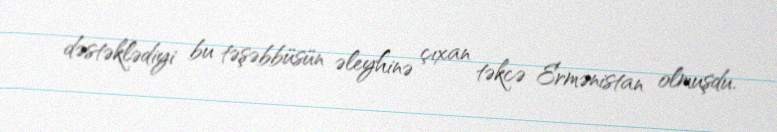
dəstəklədiyi bu təşəbbüsün əleyhinə çıxan təkcə Ermənistan olmuşdu.